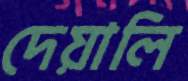
দেয়ালি